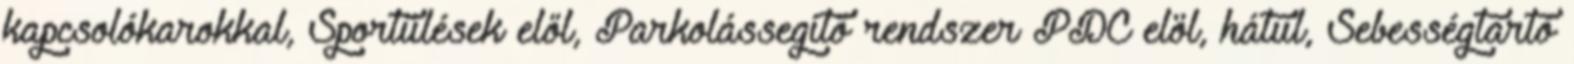
kapcsolókarokkal, Sportülések elől, Parkolássegítő rendszer PDC elöl, hátul, Sebességtartó